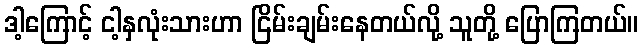
ဒါ့ကြောင့် ငါ့နှလုံးသားဟာ ငြိမ်းချမ်းနေတယ်လို့ သူတို့ ပြောကြတယ်။